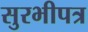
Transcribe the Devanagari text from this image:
सुरभीपत्र